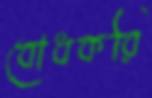
বোধকরি